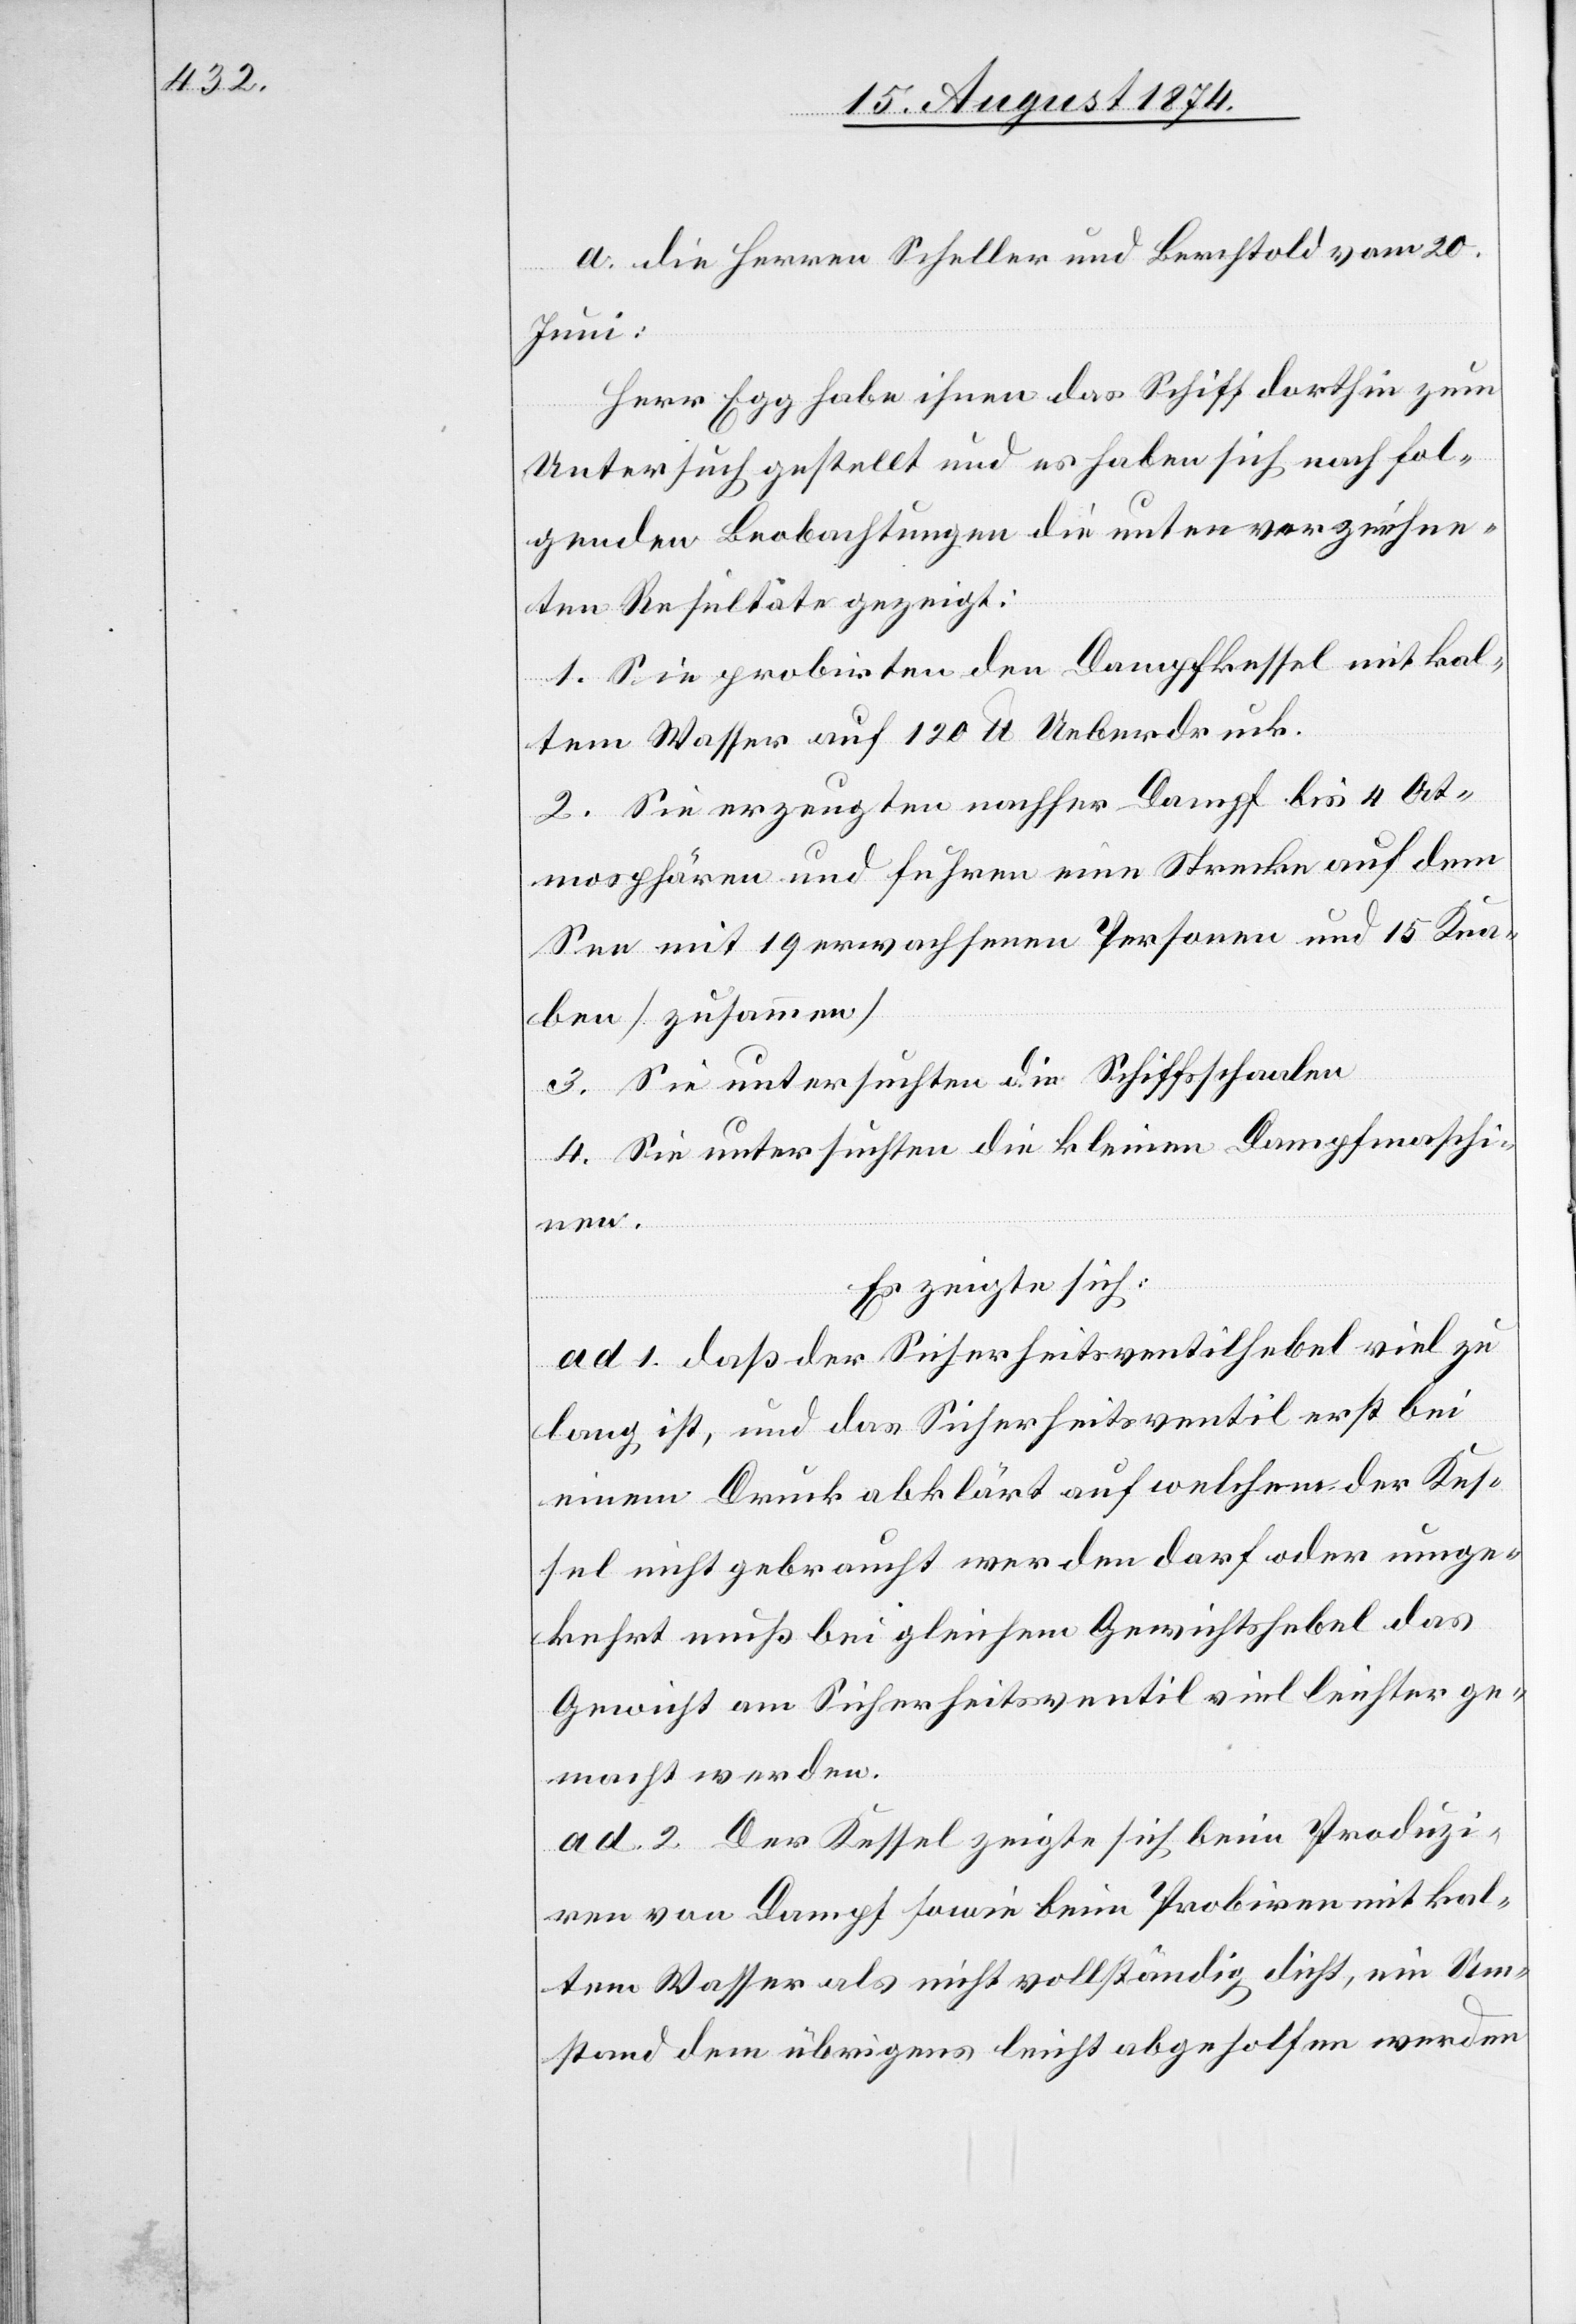
a. die Herren Scheller und Berchtold vom 20.
Juni:
Herr Egg habe ihnen das Schiff dorthin zum
Untersuch gestellt und es haben sich nach fol¬
genden Beobachtungen die unten verzeichne¬
ten Resultate gezeigt:
1. Sie probirten den Dampfkessel mit kal¬
tem Wasser auf 120 lb Ueberdruck.
2. Sie erzeugten nachher Dampf bis 4 At¬
mosphären und fuhren eine Strecke auf dem
See mit 19 erwachsenen Personen und 15 Kna¬
ben [zusammen]
3. Sie untersuchten die Schiffsschaalen
4. Sie untersuchten die kleinen Dampfmaschi¬
nen.
Es zeigte sich:
ad. 1. daß der Sicherheitsventilhebel viel zu
lang ist, und das Sicherheitsventil erst bei
einem Druck abklärt auf welchem der Kes¬
sel nicht gebraucht werden darf oder umge¬
kehrt muß bei gleichem Gewichtshebel das
Gewicht am Sicherheitsventil viel leichter ge¬
macht werden.
ad. 2. Der Kessel zeigte sich beim Produzi¬
ren von Dampf sowie beim Probiren mit kal¬
tem Wasser als nicht vollständig dicht, ein Um¬
stand dem übrigens leicht abgeholfen werden